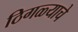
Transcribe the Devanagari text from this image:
ठिगळ्याचे